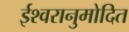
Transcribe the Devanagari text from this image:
ईश्वरानुमोदित